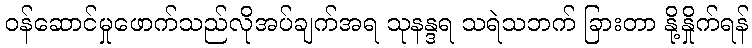
ဝန်ဆောင်မှုဖောက်သည်လိုအပ်ချက်အရ သုနန္ဒရ သရဲသဘက် ခြားတာ နို့နှိုက်ရန်